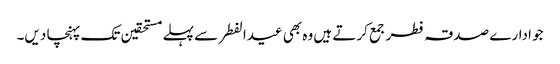
جو ادارے صدقہ فطر جمع کرتے ہیں وہ بھی عیدالفطر سے پہلے مستحقین تک پہنچا دیں۔